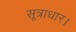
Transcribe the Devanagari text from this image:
सूत्राधार।